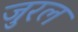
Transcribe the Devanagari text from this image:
जुरल